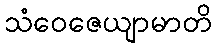
သံဝေဇေယျာမာတိ